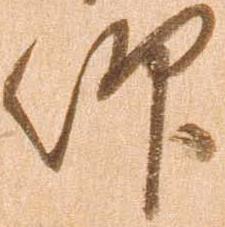
仰